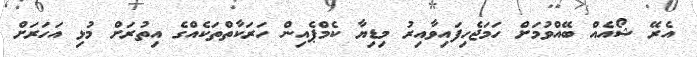
އެރޭ ޝޯއެއް ބޭއްވުމަށް ހަމަޖެހިފައިވާއިރު މިޑިޔާ ކެމްޕެއިން ހަރަކާތްތަކެއްގެ އިތުރަށް މުޅި އަހަރަށް